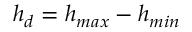
h _ { d } = h _ { m a x } - h _ { m i n }